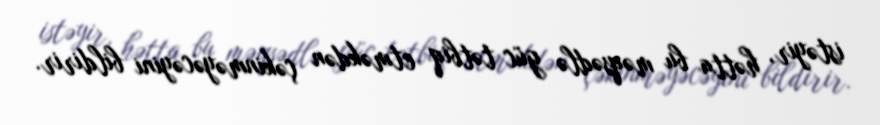
istəyir, hətta bu məqsədlə güc tətbiq etməkdən çəkinməyəcəyini bildirir.